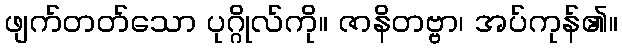
ဖျက်တတ်သော ပုဂ္ဂိုလ်ကို။ ဇာနိတဗ္ဗာ၊ အပ်ကုန်၏။